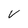
Character: V